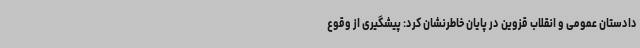
دادستان عمومی و انقلاب قزوین در پایان خاطرنشان کرد: پیشگیری از وقوع